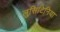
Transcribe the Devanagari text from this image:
लुसिटिनिया